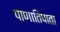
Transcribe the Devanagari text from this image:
पाणातिपाता